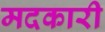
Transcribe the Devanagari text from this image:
मदकारी